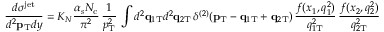
\frac { d \sigma ^ { \mathrm { j e t } } } { d ^ { 2 } { \bf p } _ { \mathrm { T } } d y } = K _ { N } \frac { \alpha _ { s } N _ { \mathrm { c } } } { \pi ^ { 2 } } \, \frac { 1 } { p _ { \mathrm { T } } ^ { 2 } } \, \int d ^ { 2 } { \bf q } _ { 1 \mathrm { T } } d ^ { 2 } { \bf q } _ { 2 \mathrm { T } } \, \delta ^ { ( 2 ) } ( { \bf p } _ { \mathrm { \mathrm { T } } } - { \bf q } _ { 1 \mathrm { T } } + { \bf q } _ { 2 \mathrm { T } } ) \, \frac { f ( x _ { 1 } , q _ { 1 } ^ { 2 } ) } { q _ { 1 \mathrm { T } } ^ { 2 } } \, \frac { f ( x _ { 2 } , q _ { 2 } ^ { 2 } ) } { q _ { 2 \mathrm { T } } ^ { 2 } }